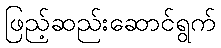
ဖြည့်ဆည်းဆောင်ရွက်